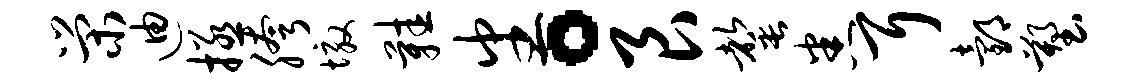
荣迪拯胯墩鞋番。艮罄悉耳邰塑